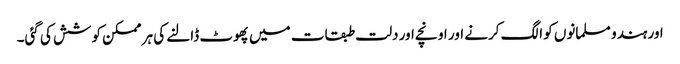
اور ہندو مسلمانوں کو الگ کرنے اور اونچے اور دلت طبقات میں پھوٹ ڈالنے کی ہر ممکن کوشش کی گئی۔